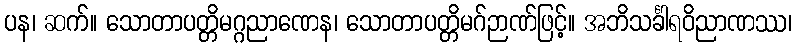
ပန၊ ဆက်။ သောတာပတ္တိမဂ္ဂညာဏေန၊ သောတာပတ္တိမဂ်ဉာဏ်ဖြင့်။ အဘိသင်္ခါရဝိညာဏဿ၊